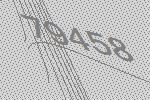
79458